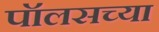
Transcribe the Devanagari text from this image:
पॉलसच्या